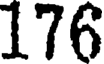
176